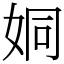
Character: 姛